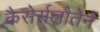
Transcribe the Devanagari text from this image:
कैसेर्सलौतेर्न